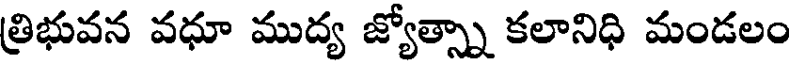
త్రిభువన వధూ ముద్య జ్యోత్స్నా కలానిధి మండలం